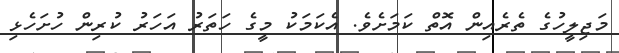
މަޖިލީހުގެ ތެރެއިން އޮތް ކަމަށެވެ. އެކަމަކު މީގެ ހަތަރު އަހަރު ކުރިން ހުށަހެޅި